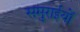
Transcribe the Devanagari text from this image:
समुराईयों